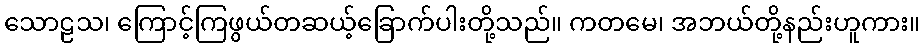
သောဠသ၊ ကြောင့်ကြဖွယ်တဆယ့်ခြောက်ပါးတို့သည်။ ကတမေ၊ အဘယ်တို့နည်းဟူကား။